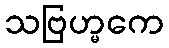
သဗြဟ္မကေ